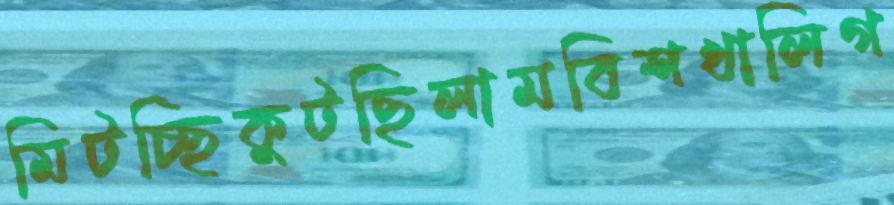
মিটচ্ছিকুটছিলামবিশখালিগ